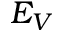
E _ { V }